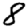
Digit: 8